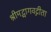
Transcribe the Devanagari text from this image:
श्रीमद्भागवद्गीता